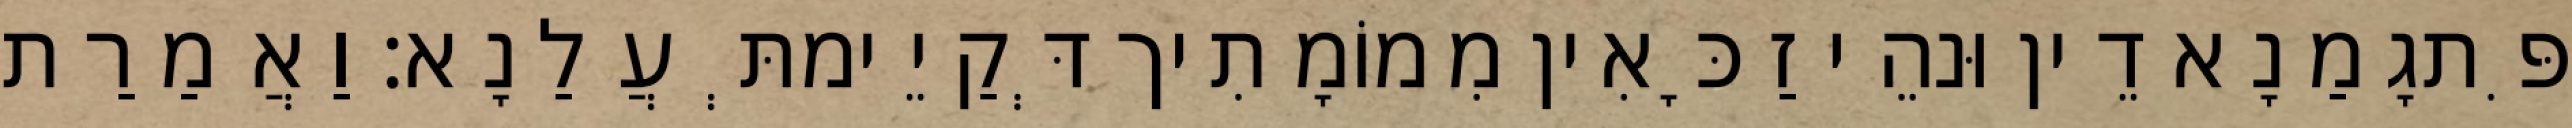
פִּתגָמַנָא דֵין וּנהֵי זַכָּאִין מִמוֹמָתִיך דְּקַיֵימתְּ עֲלַנָא׃ וַאֲמַרַת